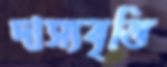
দাস্যবৃত্তি